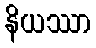
နိယဿာ